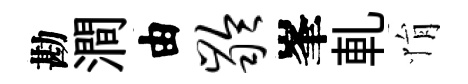
勘澗由龄峯軋悁